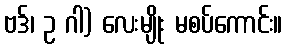
ဗဒ်၊ ဥ ဂါ) လေးမျိုး မစပ်ကောင်း။